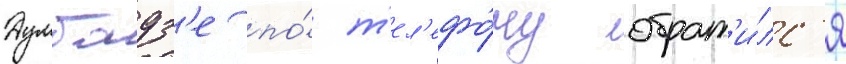
Думбадз'е по́ т'ел'ефо́ну обрат'и́лс'я